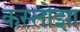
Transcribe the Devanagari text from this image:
कस्तोझा